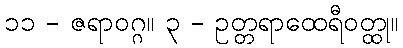
၁၁ - ဇရာဝဂ္ဂ။ ၃ - ဥတ္တရာထေရီဝတ္ထု။